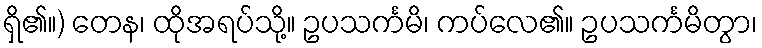
ရှိ၏။) တေန၊ ထိုအရပ်သို့။ ဥပသင်္ကမိ၊ ကပ်လေ၏။ ဥပသင်္ကမိတွာ၊